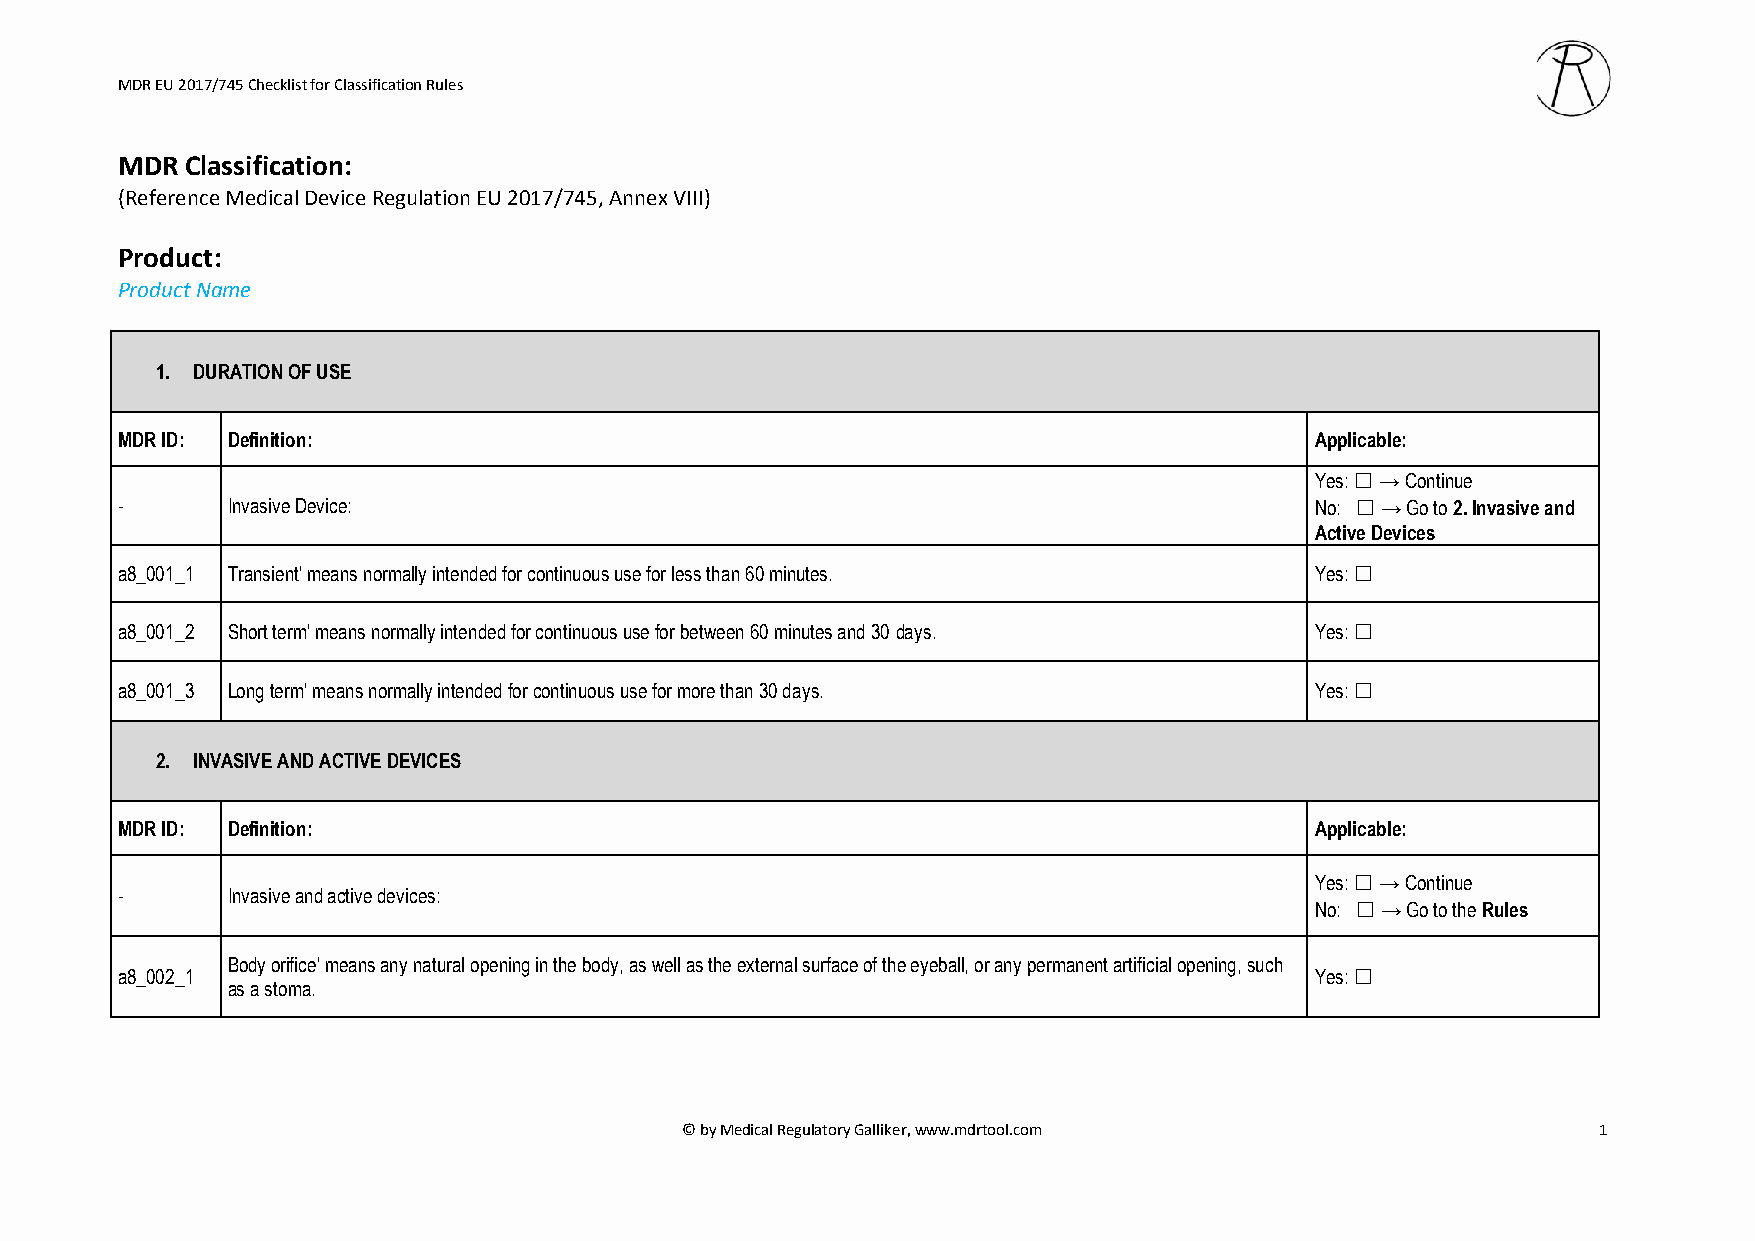
MDR EU 2017/745 Checklist for Classification Rules
 MDR Classification:
 (Reference Medical Device Regulation EU 2017/745, Annex VIII)
 Product:
 Product Name
 1. DURATION OF USE
 MDR ID: Definition:                                                            Applicable:
 Yes: ☐ → Continue
 -      Invasive Device:                                                        No: ☐ → Go to 2. Invasive and
 Active Devices
 a8_001_1 Transient' means normally intended for continuous use for less than 60 minutes. Yes: ☐
 a8_001_2 Short term' means normally intended for continuous use for between 60 minutes and 30 days. Yes: ☐
 a8_001_3 Long term' means normally intended for continuous use for more than 30 days. Yes: ☐
 2. INVASIVE AND ACTIVE DEVICES
 MDR ID: Definition:                                                            Applicable:
 Yes: ☐ → Continue
 -      Invasive and active devices:
 No: ☐ → Go to the Rules
 Body orifice' means any natural opening in the body, as well as the external surface of the eyeball, or any permanent artificial opening, such
 a8_002_1                                                                       Yes: ☐
 as a stoma.
 © by Medical Regulatory Galliker, www.mdrtool.com            1